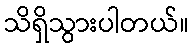
သိရှိသွားပါတယ်။